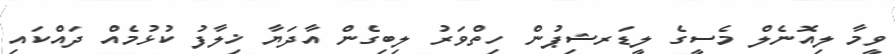
ވީމާ ލިއޮނެލް މެސީގެ ލީޑަރޝިޕުން ހިތްވަރު ލިބިގެން އާދަޔާ ޚިލާފު ކުޅުމެއް ދައްކައި